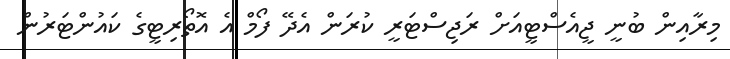
މިރާއިން ބުނީ ޖީއެސްޓީއަށް ރަޖިސްޓަރީ ކުރަން އެދޭ ފޯމް އެ އޮތޯރިޓީގެ ކައުންޓަރުން